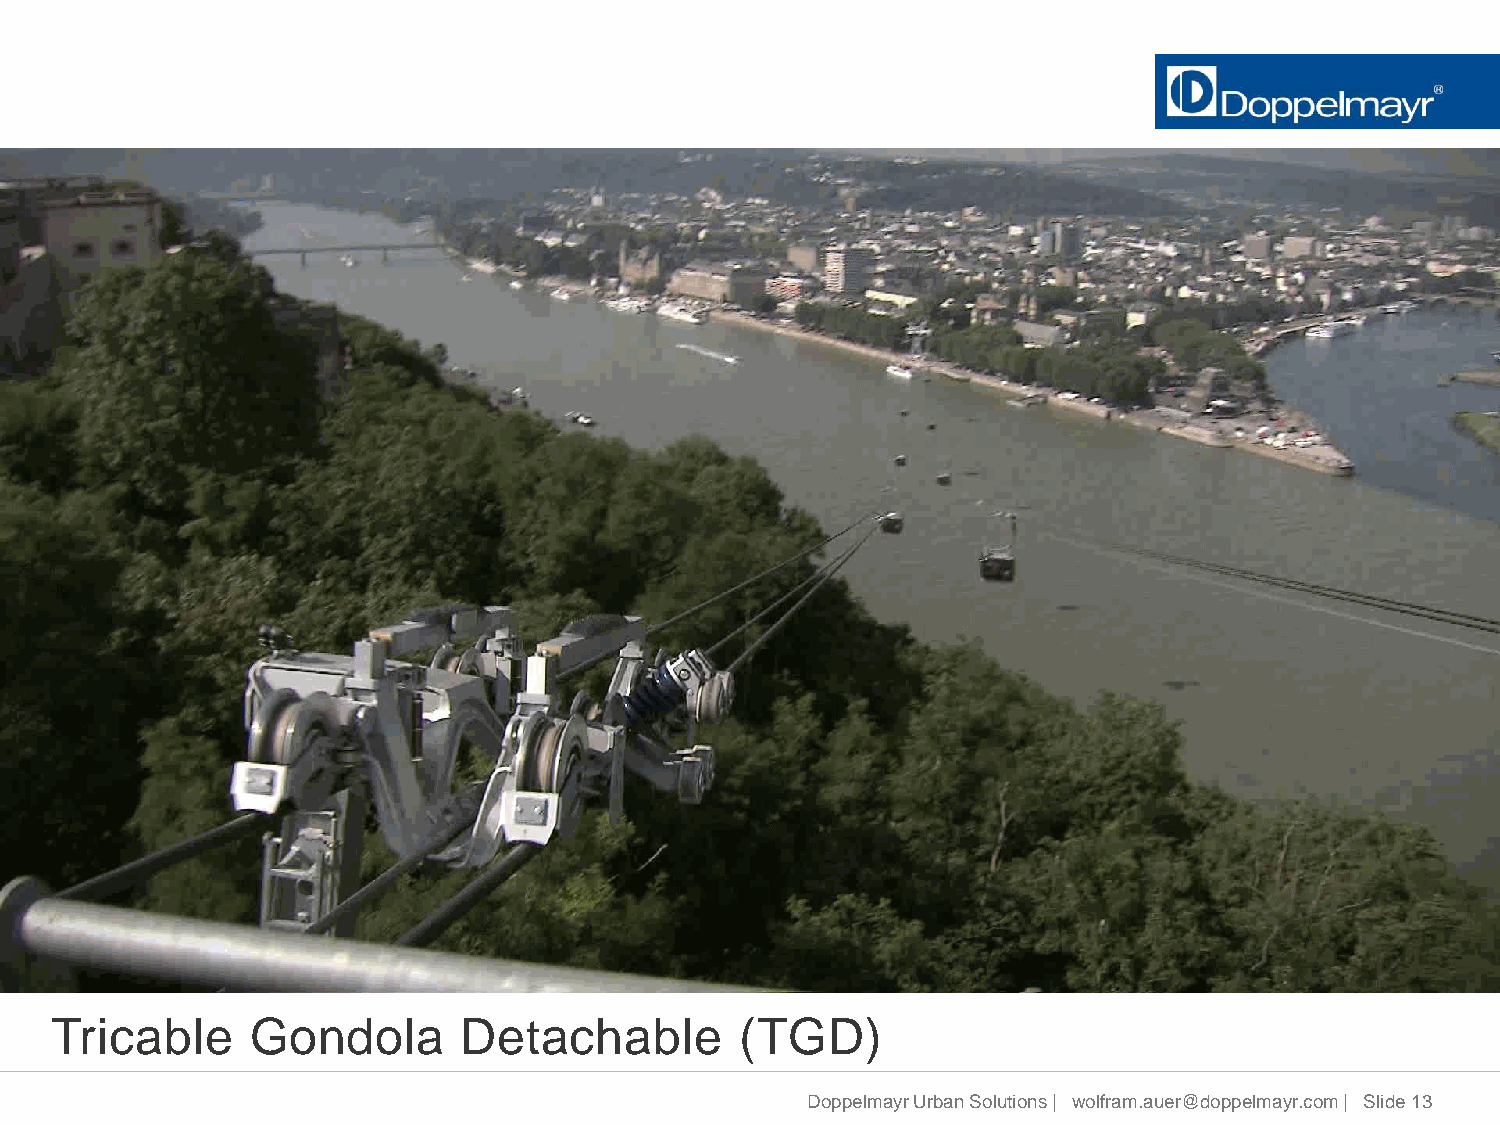
Tricable      Gondola       Detachable        (TGD)
 Doppelmayr Urban Solutions | wolfram.auer@doppelmayr.com | Slide 13